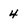
Character: 4